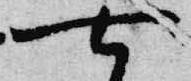
七